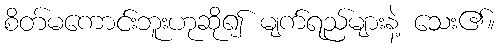
စိတ်မကောင်းဘူးဟုဆို၍ မျက်ရည်များနဲ့ သေး၏။